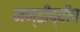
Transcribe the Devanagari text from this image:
मण्डीद्वीप